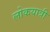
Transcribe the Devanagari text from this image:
लोकयात्री